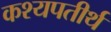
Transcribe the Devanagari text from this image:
कश्यपतीर्थ